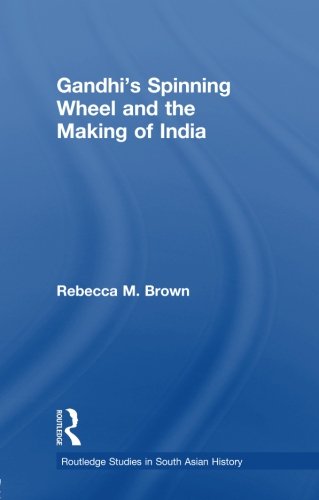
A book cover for Gandhi's Spinning Wheel and the Making of India (Routledge Studies in South Asian History); Rebecca Brown; Crafts, Hobbies & Home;